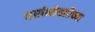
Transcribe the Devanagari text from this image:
घरांभोवतीच्या